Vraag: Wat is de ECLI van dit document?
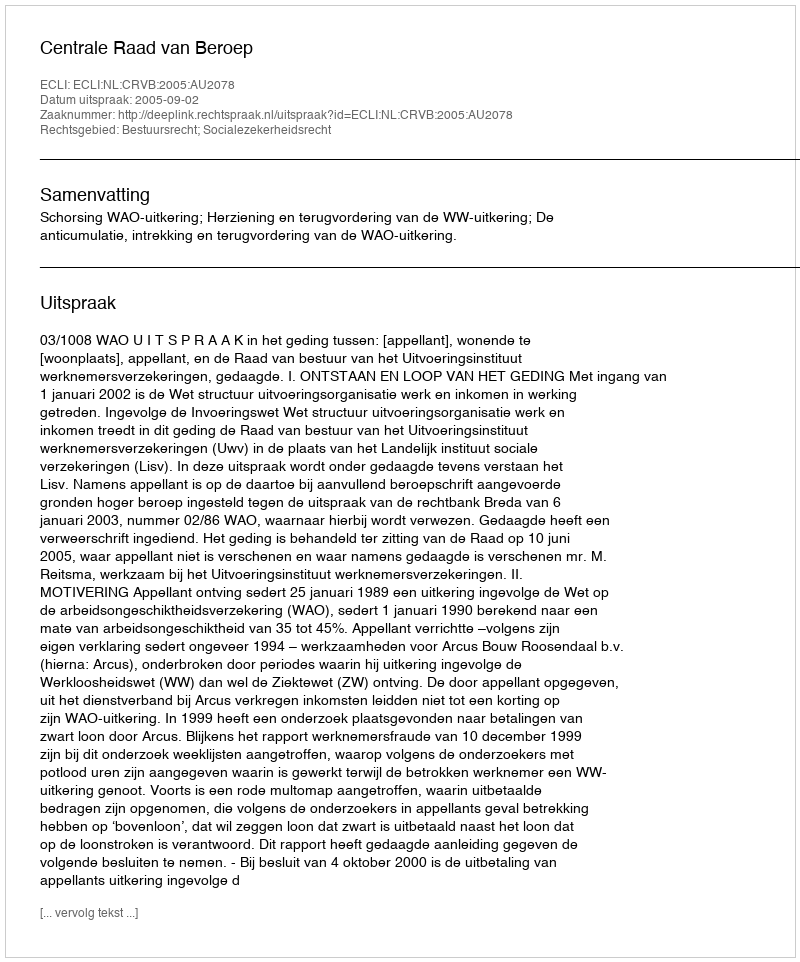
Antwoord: ECLI:NL:CRVB:2005:AU2078